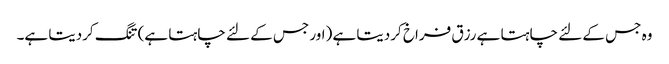
وہ جس کے لئے چاہتا ہے رزق فراخ کردیتا ہے (اور جس کے لئے چاہتا ہے) تنگ کردیتا ہے۔